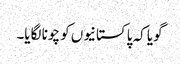
گویا کہ پاکستانیوں کو چونا لگایا۔